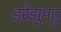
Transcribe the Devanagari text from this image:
इरेझुपटु